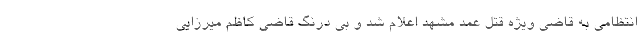
انتظامی به قاضی ویژه قتل عمد مشهد اعلام شد و بی درنگ قاضی کاظم میرزایی